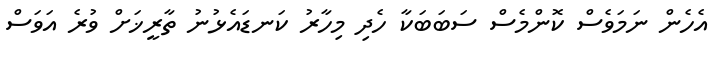
އެހެން ނަމަވެސް ކޮންމެސް ސަބަބަކާ ހެދި މިހާރު ކަނޑައެޅުނު ތާރީޚަށް ވުރެ އަވަސް